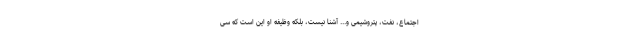
اجتماع، نفت، پتروشیمی و... آشنا نیست، بلکه وظیفه او این است که سی